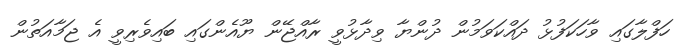
ހަފްލާގައި ވާހަކަފުޅު ދައްކަވަމުން ދުންޔާ ވިދާޅުވީ ރާއްޖޭން ޔޫއެންގައި ބައިވެރިވީ އެ ޖަމާއަތުން